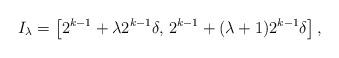
LaTeX: \begin{align*}I_\lambda=\left[2^{k-1} + \lambda 2^{k-1}\delta, \, 2^{k-1} + (\lambda+1)2^{k-1}\delta\right],\end{align*}